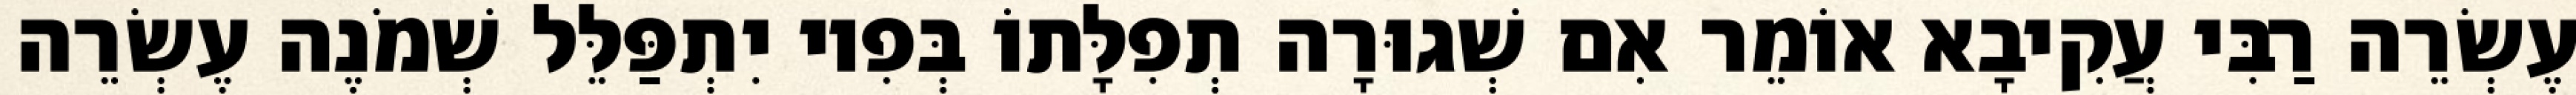
עֶשְׂרֵה רַבִּי עֲקִיבָא אוֹמֵר אִם שְׁגוּרָה תְפִלָּתוֹ בְּפִיו יִתְפַּלֵּל שְׁמֹנֶה עֶשְׂרֵה